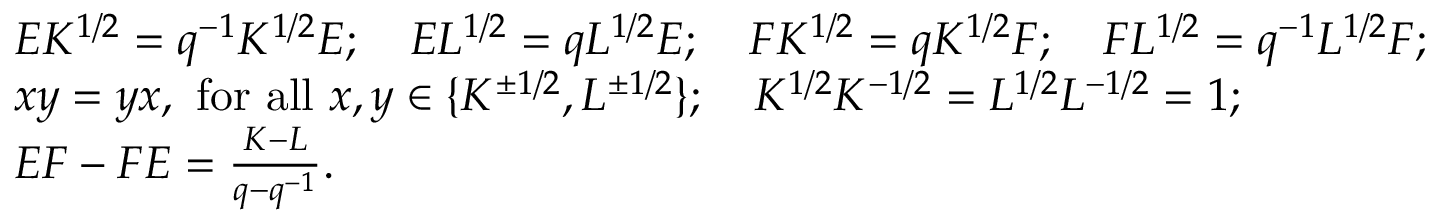
\begin{array} { r l } & { E K ^ { 1 / 2 } = q ^ { - 1 } K ^ { 1 / 2 } E ; \quad E L ^ { 1 / 2 } = q L ^ { 1 / 2 } E ; \quad F K ^ { 1 / 2 } = q K ^ { 1 / 2 } F ; \quad F L ^ { 1 / 2 } = q ^ { - 1 } L ^ { 1 / 2 } F ; } \\ & { x y = y x \mathrm { , ~ f o r ~ a l l ~ } x , y \in \{ K ^ { \pm 1 / 2 } , L ^ { \pm 1 / 2 } \} ; \quad K ^ { 1 / 2 } K ^ { - 1 / 2 } = L ^ { 1 / 2 } L ^ { - 1 / 2 } = 1 ; } \\ & { E F - F E = \frac { K - L } { q - q ^ { - 1 } } . } \end{array}